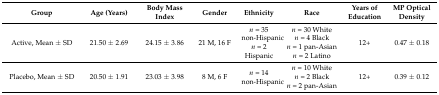
<table><thead><tr><td><b>Group</b></td><td><b>Age (Years)</b></td><td><b>Body Mass Index</b></td><td><b>Gender</b></td><td><b>Ethnicity</b></td><td><b>Race</b></td><td><b>Years of Education</b></td><td><b>MP Optical Density</b></td></tr></thead><tbody><tr><td>Active, Mean ± SD</td><td>21.50 ± 2.69</td><td>24.15 ± 3.86</td><td>21 M, 16 F</td><td><i>n</i> = 35 non-Hispanic<i>n</i> = 2 Hispanic</td><td><i>n</i> = 30 White<i>n</i> = 4 Black<i>n</i> = 1 pan-Asian<i>n</i> = 2 Latino</td><td>12+</td><td>0.47 ± 0.18</td></tr><tr><td>Placebo, Mean ± SD</td><td>20.50 ± 1.91</td><td>23.03 ± 3.98</td><td>8 M, 6 F</td><td><i>n</i> = 14 non-Hispanic</td><td><i>n</i> = 10 White<i>n</i> = 2 Black<i>n</i> = 2 pan-Asian</td><td>12+</td><td>0.39 ± 0.12</td></tr></tbody></table>